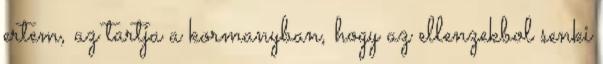
ertem, az tartja a kormanyban, hogy az ellenzekbol senki